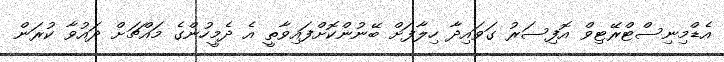
އެޑްމިނިސްޓްރޭޓިވް އޮފިސަރު ގަވައިދާ ހިލާފަށް ބޭނުންކޮށްފައިވާތީ އެ ދެމީހުންގެ މައްޗަށް ދައުވާ ކުރަން